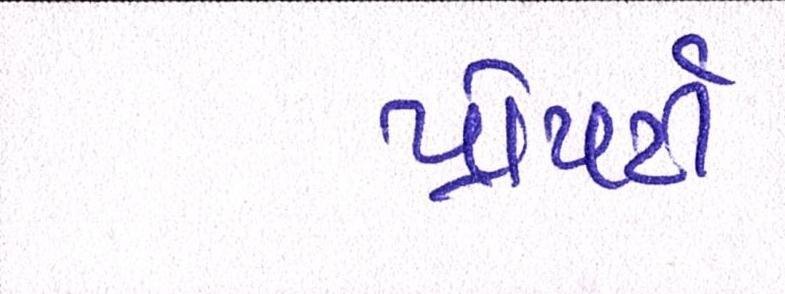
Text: પ્રોપર્ટી